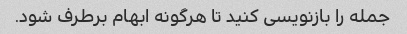
جمله را بازنویسی کنید تا هرگونه ابهام برطرف شود.